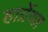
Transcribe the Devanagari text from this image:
हार्ग्रेव्ज़